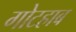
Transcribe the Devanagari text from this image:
गोटहाब